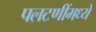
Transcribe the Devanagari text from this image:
पलटणींमध्ये